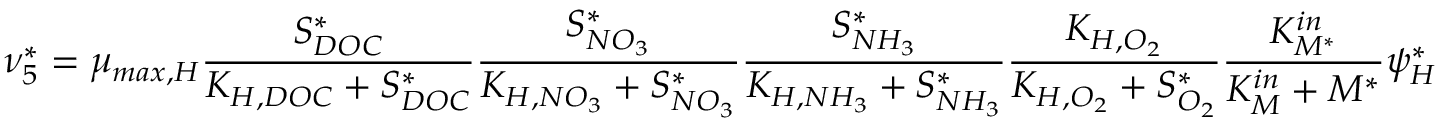
\nu _ { 5 } ^ { * } = \mu _ { m a x , H } \frac { S _ { D O C } ^ { * } } { K _ { H , D O C } + S _ { D O C } ^ { * } } \frac { S _ { N O _ { 3 } } ^ { * } } { K _ { H , N O _ { 3 } } + S _ { N O _ { 3 } } ^ { * } } \frac { S _ { N H _ { 3 } } ^ { * } } { K _ { H , N H _ { 3 } } + S _ { N H _ { 3 } } ^ { * } } \frac { K _ { H , O _ { 2 } } } { K _ { H , O _ { 2 } } + S _ { O _ { 2 } } ^ { * } } \frac { K _ { M ^ { * } } ^ { i n } } { K _ { M } ^ { i n } + M ^ { * } } \psi _ { H } ^ { * }